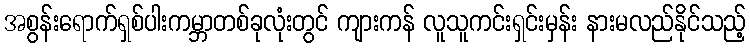
အစွန်းရောက်ရှစ်ပါးကမ္ဘာတစ်ခုလုံးတွင် ကျားကန် လူသူကင်းရှင်းမှန်း နားမလည်နိုင်သည့်